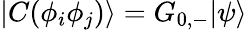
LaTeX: |C(\phi_{i}\phi_{j})\rangle=G_{0,-}|\psi\rangle